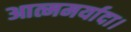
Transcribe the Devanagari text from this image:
आत्ममर्यादा।